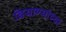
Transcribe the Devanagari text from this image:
बियाण्यांच्या